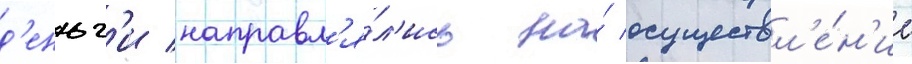
д'еньг'и направл'я́л'ись на́ осуществл'е́н'ие